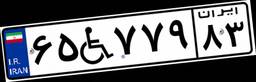
۶۵W۷۷۹۸۳